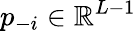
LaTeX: p_{-i}\in\mathbb{R}^{L-1}